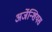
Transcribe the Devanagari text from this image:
अर्जेन्शियस